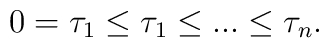
0=\tau _{1}\leq \tau _{1}\leq ...\leq \tau _{n}.